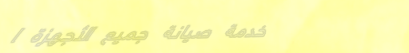
خدمة صيانة جميع الأجهزة ا